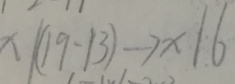
x \vert ( 1 9 - 1 3 ) - 7 x \vert 6